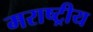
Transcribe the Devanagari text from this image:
मराष्ट्रीय